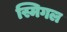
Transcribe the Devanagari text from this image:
स्मिगल